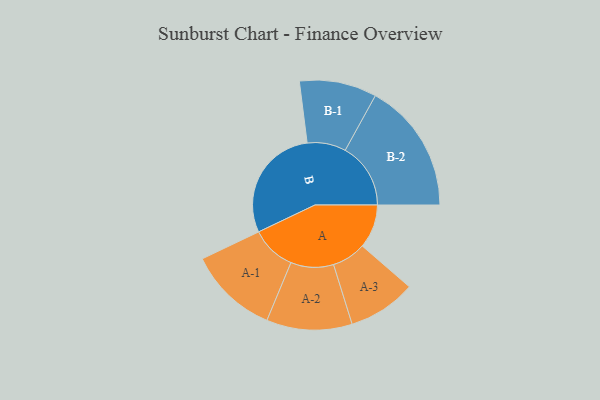
{"axis": {"x": "Segment", "y": "Value"}, "legend": ["", "A", "B"], "data": [{"x": "A", "y": 170, "type": ""}, {"x": "B", "y": 450, "type": ""}, {"x": "A-1", "y": 174, "type": "A"}, {"x": "A-2", "y": 166, "type": "A"}, {"x": "A-3", "y": 132, "type": "A"}, {"x": "B-1", "y": 150, "type": "B"}, {"x": "B-2", "y": 254, "type": "B"}]}